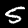
Digit: 5